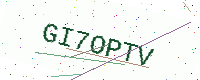
Text: GI7OPTV